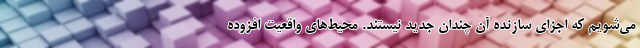
می‌شویم که اجزای سازنده آن چندان جدید نیستند. محیط‌های واقعیت افزوده